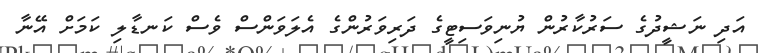
އަދި ނަޝީދުގެ ސަރުކާރުން ޔުނިވަސިޓީގެ ދަރިވަރުންގެ އެލަވަންސް ވެސް ކަނޑާލި ކަމަށް އޭނާ